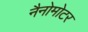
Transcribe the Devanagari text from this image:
नैनोमोटर